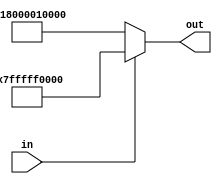
module back_512(in,out);
input[0:0]in;

output[40:0]out;

assign out=(~in)?{{2{1'b1}},{22{1'b0}},1'b1,{16{1'b0}}}:{{2{1'b0}},{23{1'b1}},{16{1'b0}}};//16777215,16

endmodule